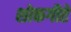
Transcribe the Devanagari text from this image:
शोकगीते